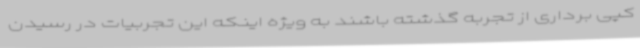
کپی برداری از تجربه گذشته باشند به ویژه اینکه این تجربیات در رسیدن